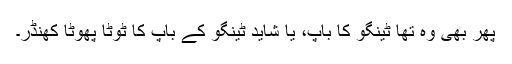
پھر بھی وہ تھا ٹینگو کا باپ، یا شاید ٹینگو کے باپ کا ٹوٹا پھوٹا کھنڈر۔